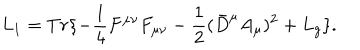
L _ { 1 } = T r \{ - \frac { 1 } { 4 } F ^ { \mu \nu } F _ { \mu \nu } - \frac { 1 } { 2 } ( \bar { D } ^ { \mu } A _ { \mu } ) ^ { 2 } + L _ { g } \} .